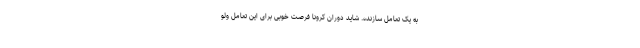
به یک تعامل سازنده. شاید دوران کرونا فرصت خوبی برای این تعامل ولو